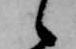
候